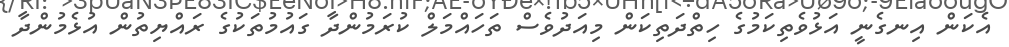
އެކަން އިނގެނީ އަޅުވެތިކަމުގެ ހިތްދަތިކަން މިއަދުވެސް ތަހައްމަލް ކުރަމުންދާ ގައުމުތަކުގެ ރައްޔިތުން އުޅެމުންދާ